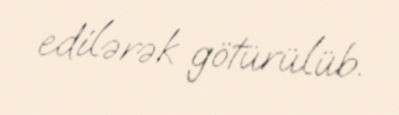
edilərək götürülüb.